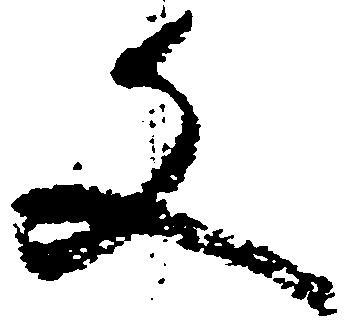
文